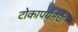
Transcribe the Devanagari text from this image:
टोकापर्यंतची